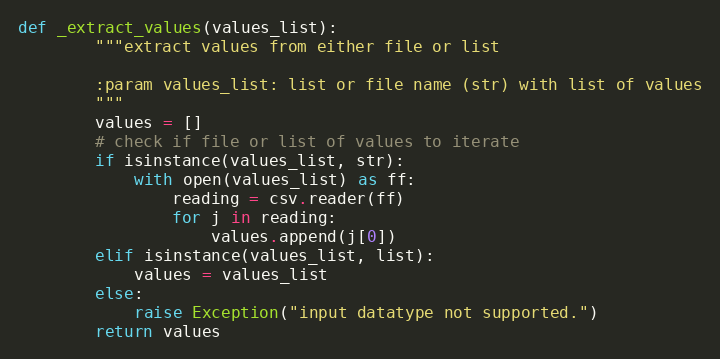
Language: Python
def _extract_values(values_list):
        """extract values from either file or list

        :param values_list: list or file name (str) with list of values
        """
        values = []
        # check if file or list of values to iterate
        if isinstance(values_list, str):
            with open(values_list) as ff:
                reading = csv.reader(ff)
                for j in reading:
                    values.append(j[0])
        elif isinstance(values_list, list):
            values = values_list
        else:
            raise Exception("input datatype not supported.")
        return values